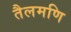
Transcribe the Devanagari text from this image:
तैलमणि